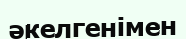
әкелгенімен